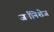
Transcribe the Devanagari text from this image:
जर्मनिशेज